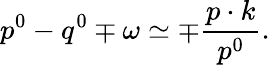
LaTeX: p^{0}-q^{0}\mp\omega\simeq\mp\frac{p\cdot k}{p^{0}}.